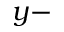
y -